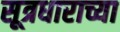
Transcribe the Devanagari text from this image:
सूत्रधाराच्या